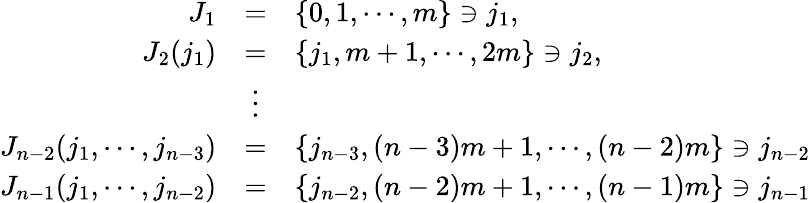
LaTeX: \begin{array}{rcl}{{J_{1}}}&{{=}}&{{\{ 0,1,\cdots,m\} \ni j_{1},}}\\ {{J_{2}(j_{1})}}&{{=}}&{{\{ j_{1},m+1,\cdots,2m\} \ni j_{2},}}\\ {{}}&{{\vdots}}&{{}}\\ {{J_{n-2}(j_{1},\cdots,j_{n-3})}}&{{=}}&{{\{ j_{n-3},(n-3)m+1,\cdots,(n-2)m\} \ni j_{n-2}}}\\ {{J_{n-1}(j_{1},\cdots,j_{n-2})}}&{{=}}&{{\{ j_{n-2},(n-2)m+1,\cdots,(n-1)m\} \ni j_{n-1}}}\end{array}